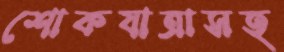
শোকযাত্রাসহ